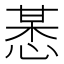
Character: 𢜯